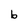
Character: b